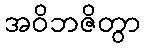
အဝိဘဇိတွာ